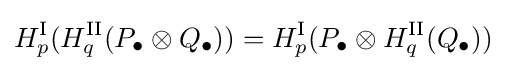
H_{p}^{\textrm {I}}(H_{q}^{\textrm {II}}(P_{\bullet }\otimes Q_{\bullet }))=H_{p}^{\textrm {I}}(P_{\bullet }\otimes H_{q}^{\textrm {II}}(Q_{\bullet }))